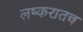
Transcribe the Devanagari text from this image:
लष्करातच